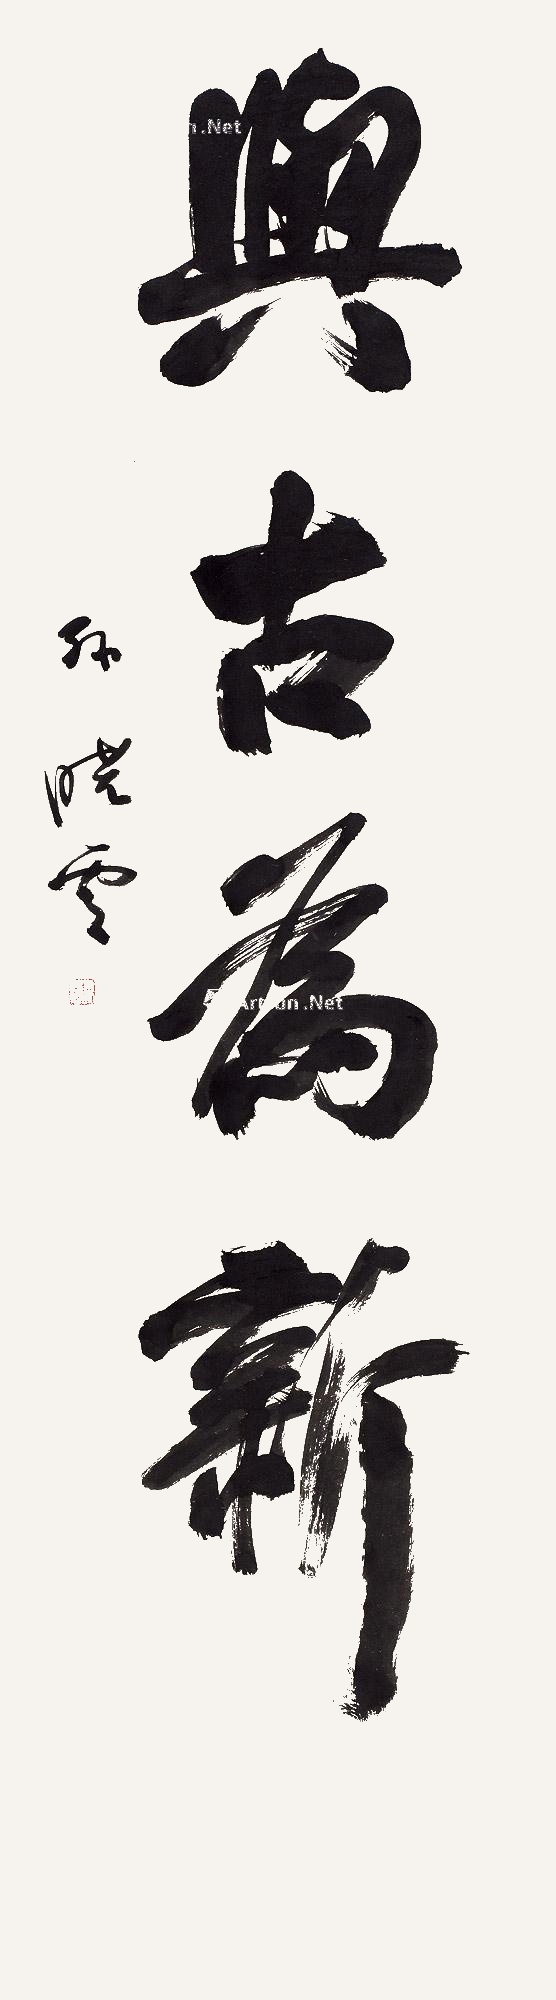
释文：与古为新孙晓云